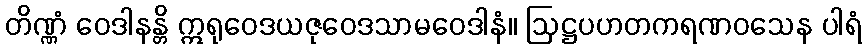
တိဏ္ဏံ ဝေဒါနန္တိ ဣရုဝေဒယဇုဝေဒသာမဝေဒါနံ။ ဩဋ္ဌပဟတကရဏဝသေန ပါရံ